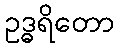
ဥဒ္ဓရိတော